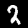
Digit: 2